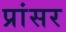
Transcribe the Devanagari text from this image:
प्रांसर